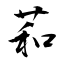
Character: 萂